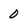
Character: 0